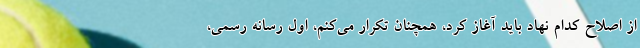
از اصلاح كدام نهاد بايد آغاز كرد، همچنان تكرار مي‌كنم، اول رسانه رسمي،